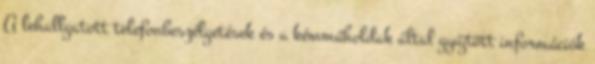
A lehallgatott telefonbeszélgetések és a kémműholdak által gyűjtött információk